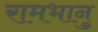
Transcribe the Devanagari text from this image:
रामभानु